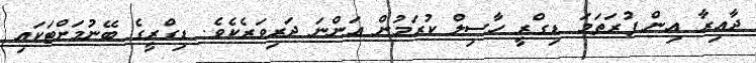
ދާއިރާ އިން ފުރަތަމަ ޑިގްރީ ހާސިލް ކުރަމުން އަންނަ ދަރިވަރެކެވެ. ޑިގްރީގެ ބޭނުމަށްޓަކައި